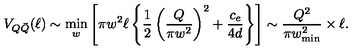
V _ { Q \bar { Q } } ( \ell ) \sim \min _ { w } \left[ \pi w ^ { 2 } \ell \left\{ \frac { 1 } { 2 } \left( \frac { Q } { \pi w ^ { 2 } } \right) ^ { 2 } + \frac { c _ { e } } { 4 d } \right\} \right] \sim \frac { Q ^ { 2 } } { \pi w _ { \mathrm { m i n } } ^ { 2 } } \times \ell .